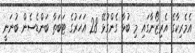
އެމެރިކާގެ އެރިޒޯނާގައި މި ބުޅާ ގެންގުޅޭ 28 އަހަރުގެ ޓަބަތާ ބަންޑެސެން ބުނަނީ